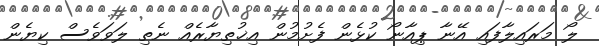
ލޯ މަރައިލާފައި އޭނާ ޕިއާނޯ ކުޅެން ފެށުމުން އިޚުތިޔާރެއް ނެތި ލަވަވެސް ކިޔެން